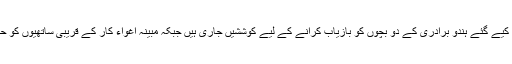
بلوچستان میں پولیس حکام کا کہنا ہے کہ جعفرآباد سے اغواء کیے گئے ہندو برادری کے دو بچوں کو بازیاب کرانے کے لیے کوششیں جاری ہیں جبکہ مبینہ اغواء کار کے قریبی ساتھیوں کو حراست میں لے کر ان سے تفتیش بھی شروع کر دی گئی ہے۔